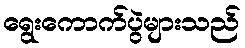
ရွေးကောက်ပွဲများသည်